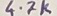
Text: 4.7K